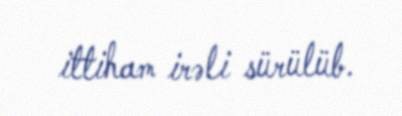
ittiham irəli sürülüb.